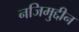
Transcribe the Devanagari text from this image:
नजिमुद्दीन